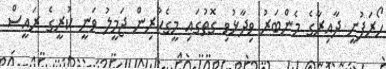
ހޯރަފުށީ ދާއިރާގެ މެންބަރު ވިދާޅުވި ގޮތުގައި މީގެކުރިން ޖަމީލު ވަނީ ކުރީގެ ރައީސް